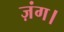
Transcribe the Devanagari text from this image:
ज़ंग।